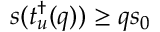
s ( t _ { u } ^ { \dagger } ( q ) ) \geq q s _ { 0 }